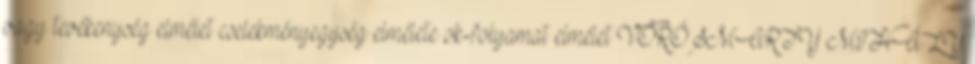
vagy tevékenység elmélet cselekményegység elmélete ok-folyamat elmélet VÖRÖSMARTY MIHÁLY